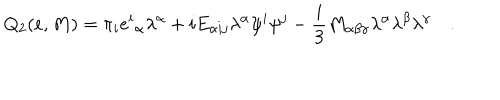
LaTeX: Q _ { 2 } ( e , M ) = \pi _ { i } { e ^ { i } } _ { \alpha } \lambda ^ { \alpha } + i E _ { \alpha i j } \lambda ^ { \alpha } \psi ^ { i } \psi ^ { j } - \frac { i } { 3 } M _ { \alpha \beta \gamma } \lambda ^ { \alpha } \lambda ^ { \beta } \lambda ^ { \gamma } \quad .